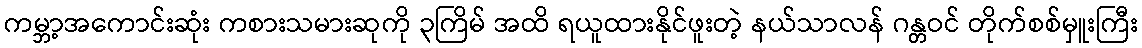
ကမ္ဘာ့အကောင်းဆုံး ကစားသမားဆုကို ၃ကြိမ် အထိ ရယူထားနိုင်ဖူးတဲ့ နယ်သာလန် ဂန္တဝင် တိုက်စစ်မှူးကြီး